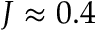
J \approx 0 . 4